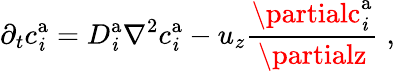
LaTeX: \partial_{t}c_{\mathit{i}}^{\mathrm{{a}}}=D_{\mathit{i}}^{\mathrm{{a}}}\nabla^{2}c_{\mathit{i}}^{\mathrm{{a}}}-u_{z}\frac{{\partialc_{\mathit{i}}^{\mathrm{{a}}}}}{{\partialz}}\; ,